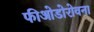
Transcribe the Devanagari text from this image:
फीओडोरोवना